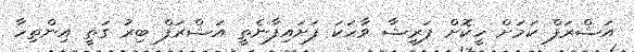
އަޝްރަފް ކަމަށް ހީކޮށް ފަރީޝާ ވާހަކަ ފަށައިފާނެތީ އަޝްރަފް ބިރު ގަތީ އިންތިހާ